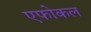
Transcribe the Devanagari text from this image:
एफोकल